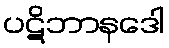
ပဋိဘာနဒေါ